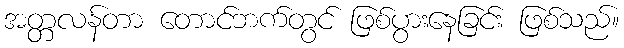
အတ္တလန်တာ တောင်ဘက်တွင် ဖြစ်ပွားနေခြင်း ဖြစ်သည်။